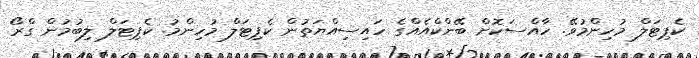
ކެޕިޓަލް މުހިންމުވޭ. ހާއްސަކޮށް ބޭންކްއެއްގެ ހައިސިއްޔަތުން ކެޕިޓަލް މުހިންމު. ކެޕިޓަލް ލިބުމުން ގްރޯ